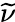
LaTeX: \widetilde\nu